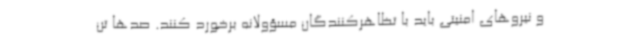
و نیروهای امنیتی باید با تظاهرکنندگان مسؤولانه برخورد کنند. صدها تن